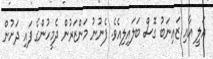
އަލީ އާއި ޒައިނަބު ގޮސް ބަލައިލިއެވެ. ފެނުނު މަންޒަރުން ދެމީހުންގެ ފައި ދަށުން